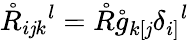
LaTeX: \mathring{R}_{i\mathit{j}k}{}^{l}=\mathring{R}\mathring{g}_{k[\mathit{j}}\delta_{i]}{}^{l}